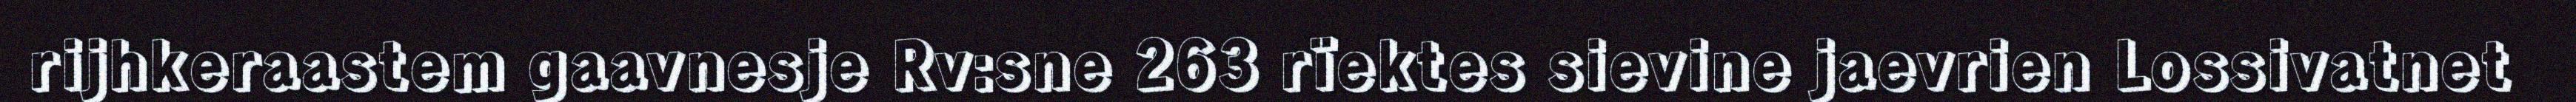
rijhkeraastem gaavnesje Rv:sne 263 rïektes sievine jaevrien Lossivatnet